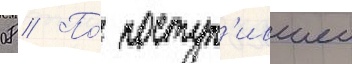
08 // По́ поступ'ившеи